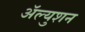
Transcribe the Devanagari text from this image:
ॲल्युशन